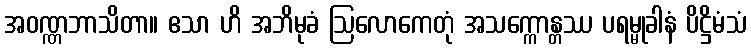
အဝဏ္ဏဘာသိတာ။ ဧသာ ဟိ အဘိမုခံ ဩလောကေတုံ အသက္ကောန္တဿ ပရမ္မုခါနံ ပိဋ္ဌိမံသံ